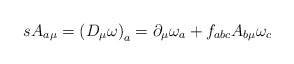
\begin{align*}sA_{a\mu}= \left( D_{\mu} \omega\right)_{a} =\partial_{\mu} \omega_{a}+f_{abc}A_{b\mu}\omega_c\end{align*}